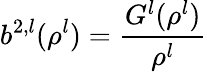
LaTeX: b^{2,l}(\rho^{l})=\frac{G^{l}(\rho^{l})}{\rho^{l}}